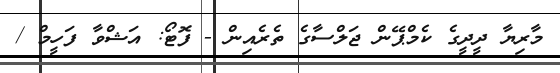
މާރިޔާ ދީދީގެ ކެމްޕޭން ޖަލްސާގެ ތެރެއިން - ފޮޓޯ: އަޝްވާ ފަހީމް /